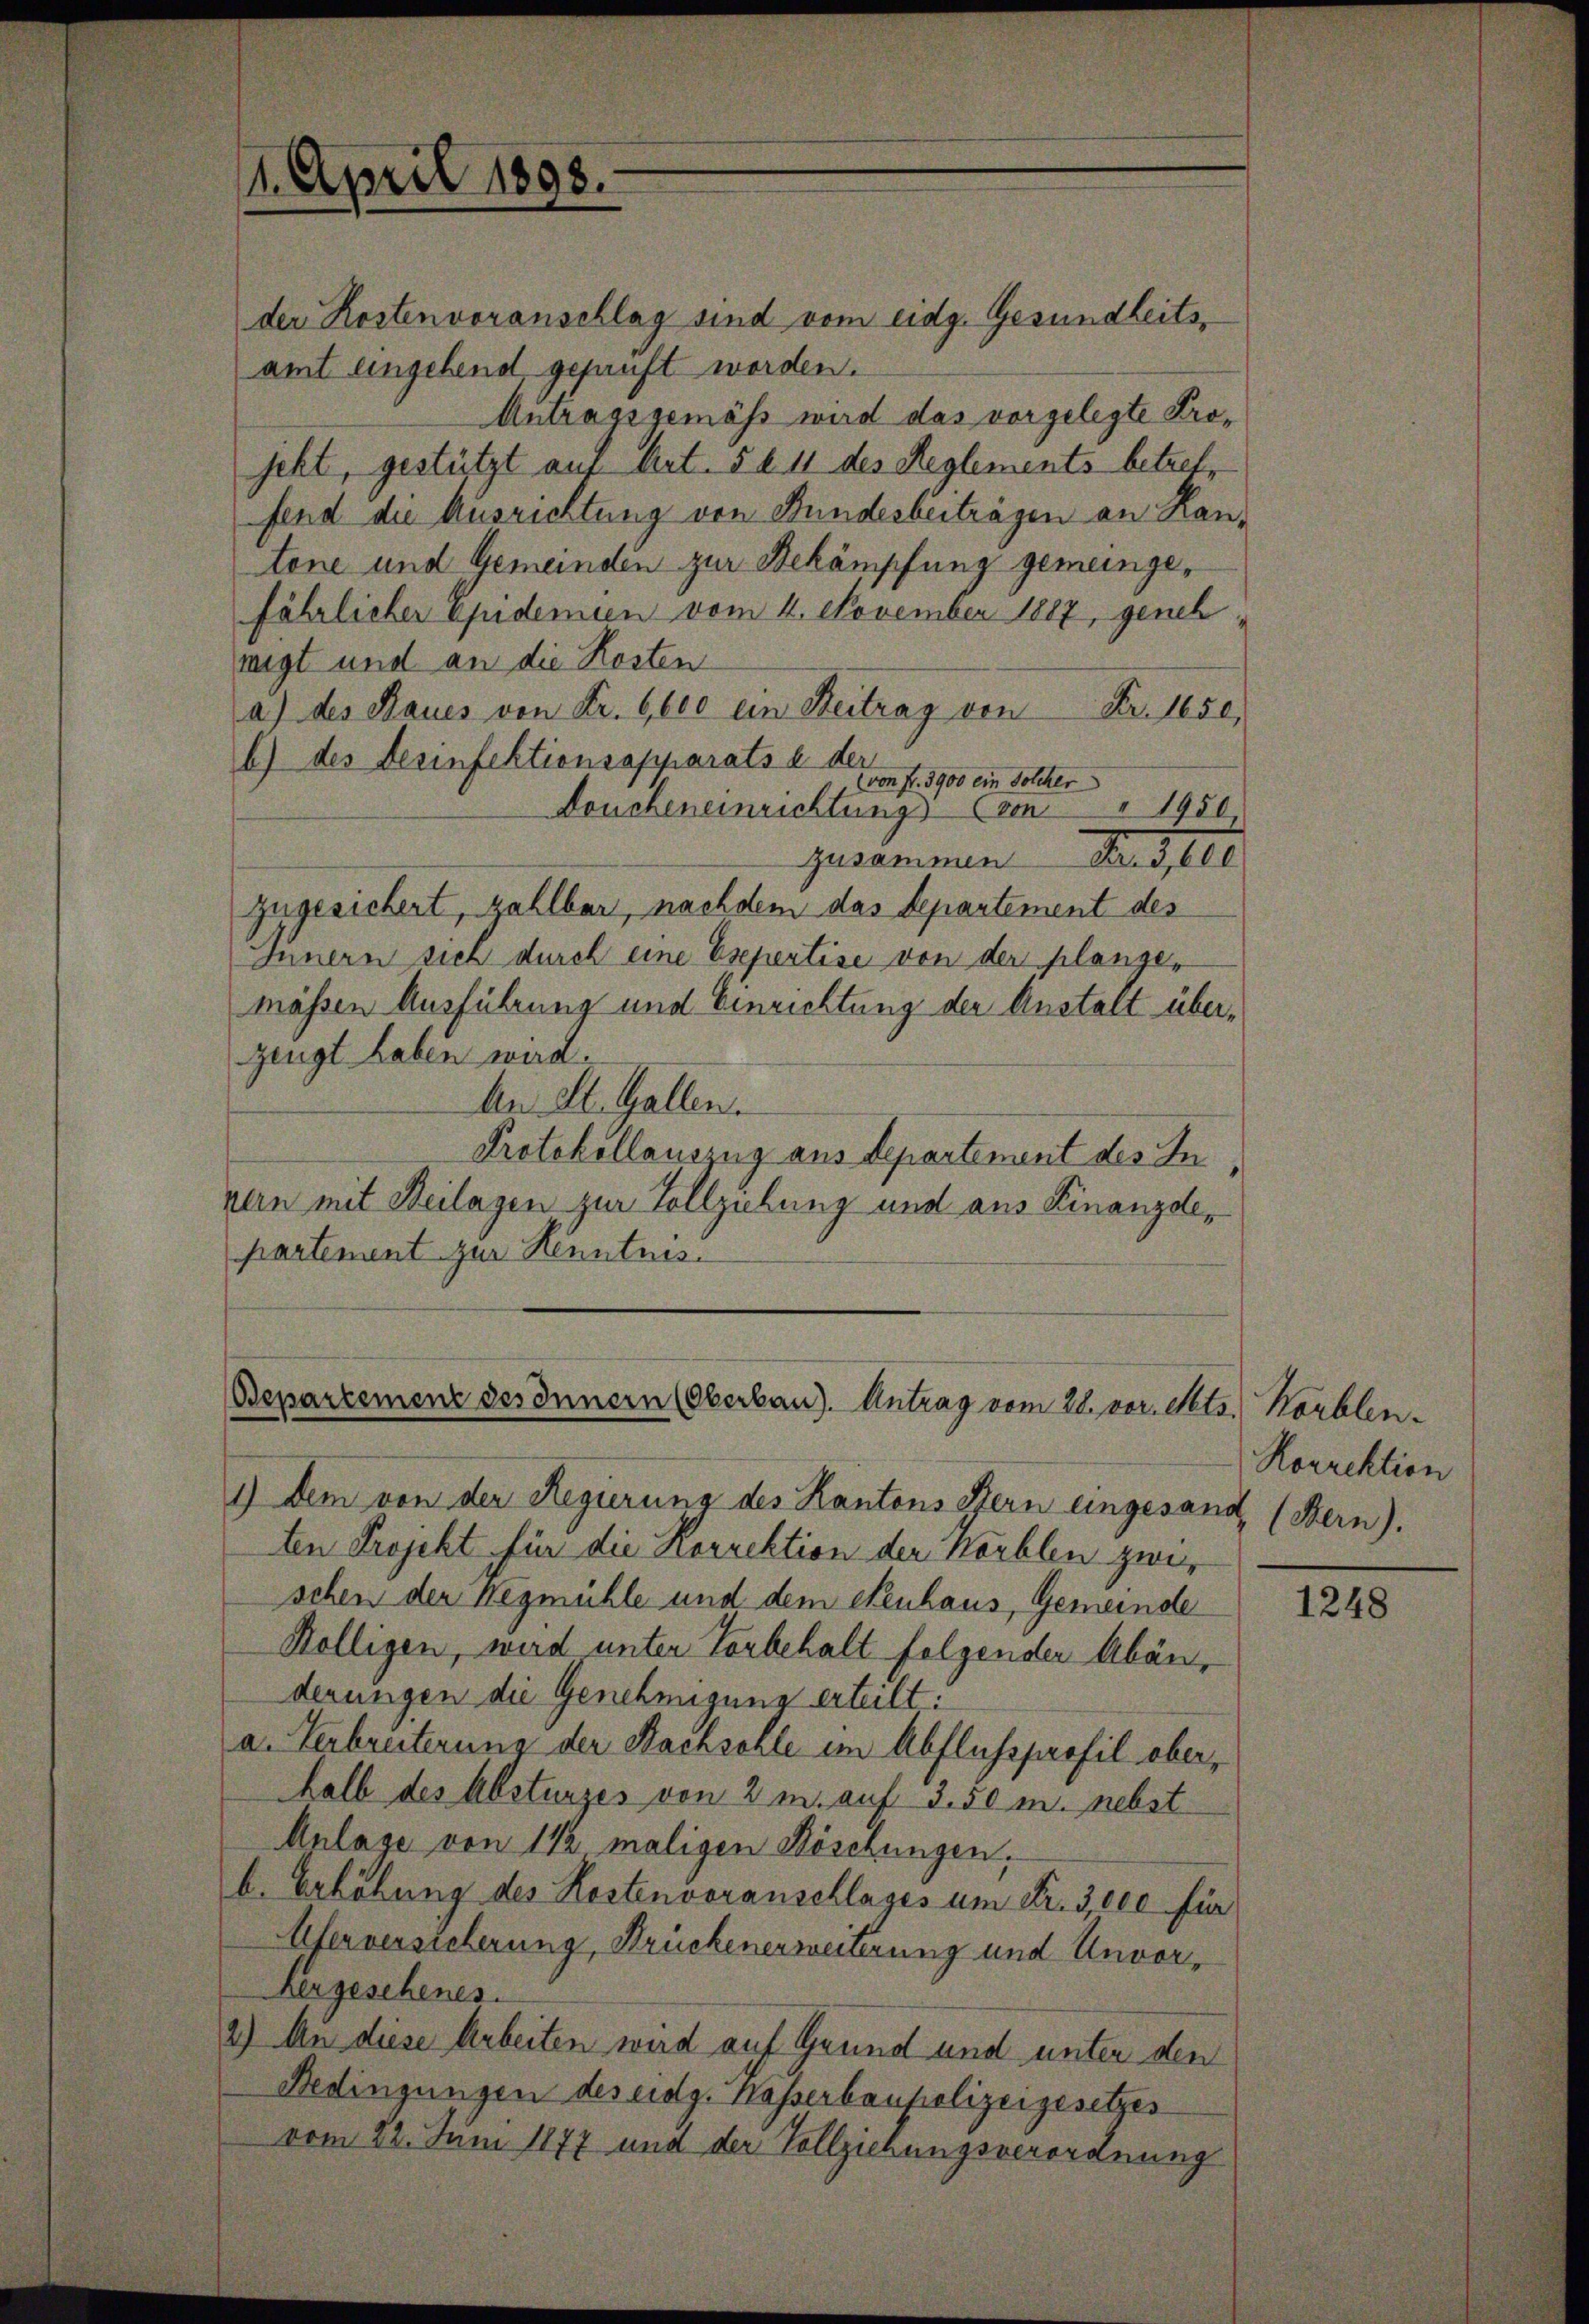
1. April 1898.

Bepartement des Innern (Oberbau). Antrag vom 28. vor. Mts. Korblen¬

der Kostenvoranschlag sind vom eidg. Gesundheitsamt eingehend, gefunft worden.
Antragsgemäß wird das vorgelegte Projetzt, gestützt auf Art. 5 § 11 des Reglements betreffend die Ausrichtung von Bundesbeiträgen an Hantene und Gemeinden zur Bekämpfung gemeingefährlicher Epidemien vom 4. November 1887, geneh
nigt und an die Kosten
Nr. 1850,
a) des Baues von Fr. 6,600 ein Beitrag von
b) des Gesinfektionsapparats u. der
(von fr. 3900 ein Solcher
" 1950,
Doucheneinrichtung von
zusammen. Dersel
zugesichert, zahlbar, nachdem das Separtement des
Innern sich durch eine Expertise von der plangemässen Ausführung und Einrichtung der Anstalt überzeugt haben wird.
An St. Gallen.
Protokollauszug aus Departement des In
nern mit Beilagen zur Vollziehung und aus Finanzde,
partement zur Kenntnis.

1) Dem von der Regierung des Kantons Stern eingesandt, (Bern).
ten Projekt für die Korrektion der Körblen zweischen der Negmühle und dem Neuhaus, Gemeinde
Rölligen, wird unter Vorbehalt folgender Abänderungen die Genehmigung erteilt:
a. Verbreiterung der Nachsohle im Abflussprofil oberhalb des Absturzes von 2 m auf 3.50 m. nebst
Anlage von 1 1/2 maligen Köschungen.
b. Erhöhung des Kostenvoranschlages um Fr. 3,000 für
Aserversicherung, Brückenerweiterung und Unvor¬
Hergeschenes.
2) An diese Arbeiten wird auf Grund und unter den
Bedingungen des eidg. Kasserbaupolizeigesetzes
vom 22. Juni 1877 und der Vollziehungsverordnung

Rorrektion

1248